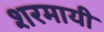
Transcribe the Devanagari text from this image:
शरमायी